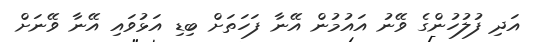
އަދި ފުލުހުންގެ ވޭނު އައުމުން އޭނާ ފަހަތަށް ބިޑި އަޅުވައި އޭނާ ވޭނަށް